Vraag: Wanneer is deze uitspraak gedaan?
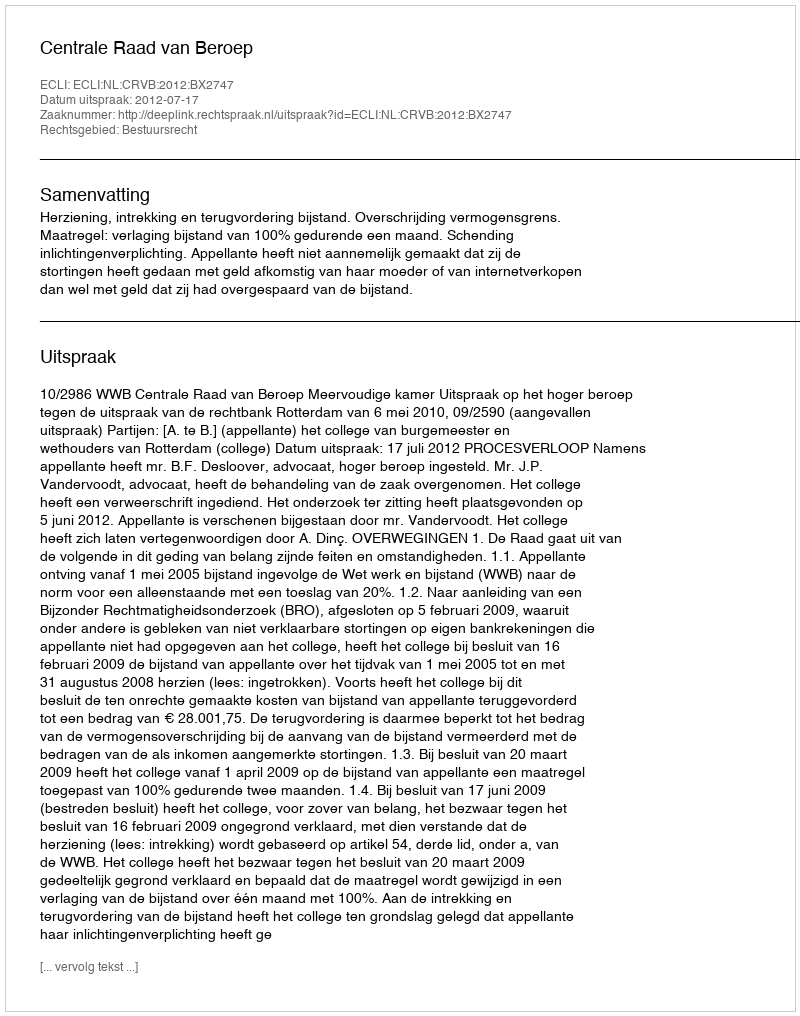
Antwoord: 2012-07-17